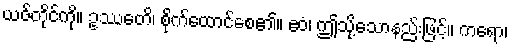
ယဇ်တိုင်ကို။ ဥဿေတိ၊ စိုက်ထောင်စေ၏။ ဧဝံ၊ ဤသို့သောနည်းဖြင့်။ ကရော၊